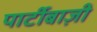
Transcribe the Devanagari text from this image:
पार्टीबाज़ी